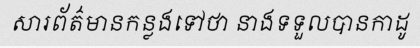
សារព័ត៌មានកន្លងទៅថា នាងទទួលបានកាដូ